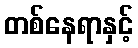
တစ်နေရာနှင့်